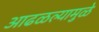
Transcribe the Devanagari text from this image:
आढळल्यामुळे